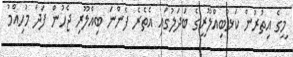
މީގެ އިތުރުން ކަޅުބިއްލޫރީގެ ބަދަލުގައި އެތެރެ ފެންނަ ބިއްލޫރި ޖެހުން ފަދަ މުހިއްމު